Tezpur Lunatic Asylum reports 1895-1904 - 1895-1904
Year: 1895
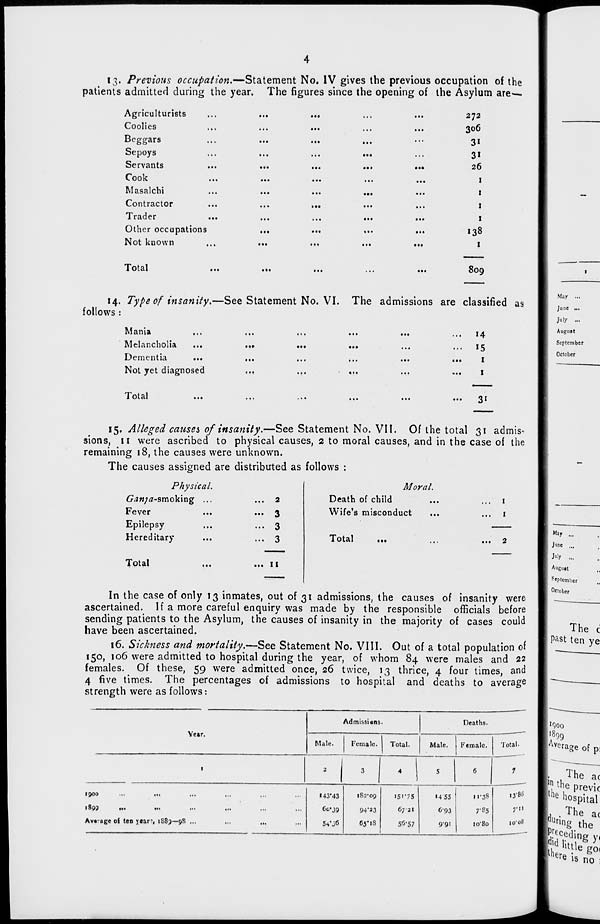
13. Previous occupation.—Statement No. IV gives the previous occupation of the
patients admitted during the year. The figures since the opening of the Asylum are-
Agriculturists
Coolies
Beggars
Sepoys
Servants
Cook
Masalchi
Contractor
Trader
Other occupations
Not known
Total
• ••
272
306
3i
3*
26
1
1
1
1
138
1
809
14. Type of insanity.—See Statement No. VI. The admissions are classified as
follows :
Mania
Melancholia
Dementia
Not yet diagnosed
• ■•
14
1
1
Total
3i
15. Alleged causes 0/insanity.—See Statement No. VII. Of the total 31 admis-
sions, 11 were ascribed to physical causes, 2 to moral causes, and in the case of the
remaining 18, the causes were unknown.
The causes assigned are distributed as follows :
Physical.
6^»/tf-smoking ...
Fever
Epilepsy
Hereditary
Total
... 2
... 3
... 3
... 3
... 11
Moral.
Death of child
Wife's misconduct
Total
In the case of only 13 inmates, out of 31 admissions, the causes of insanity were
ascertained. If a more careful enquiry was made by the responsible officials before
sending patients to the Asylum, the causes of insanity in the majority of cases could
have been ascertained.
16. Sickness and mortality.—See Statement No. VIII. Out of a total population of
150, 106 were admitted to hospital during the year, of whom 84 were males and 22
females. Of these, 59 were admitted once, 26 twice, 13 thrice, 4 four times, and
4 five times. The percentages of admissions to hospital and deaths to average
strength were as follows:
Admissions.
Deaths.
Year.
Male.
Female.
Total.
Male.
Female.
Total.
1
2
3
4
5
6
1
1500
...
tn
...
)899
Ml
•••
•<•
Av« age of ten year-, 1883—98 ...
in
143*43
54*J6
i82 , 09
94"23
65* IS
i5"-75
67 21
56-57
■4 55
6-93
99i
11-38
7-85
io"8o
to" 08
May ...
J" n e ...
.
July ...
.,
Auguit
^'Ptemher
October
The c
Past ten ye